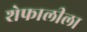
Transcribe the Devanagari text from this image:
शेफालीला